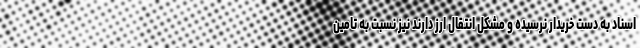
اسناد به دست خریدار نرسیده و مشکل انتقال ارز دارند نیز نسبت به تامین